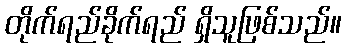
တိုက်ရည်ခိုက်ရည် ရှိသူဖြစ်သည်။